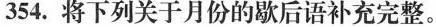
354.将下列关于月份的歇后语补充完整。